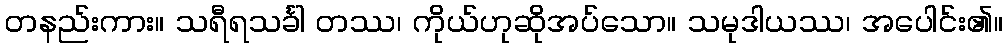
တနည်းကား။ သရီရသင်္ခါ တဿ၊ ကိုယ်ဟုဆိုအပ်သော။ သမုဒါယဿ၊ အပေါင်း၏။